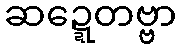
ဆဍ္ဍေတဗ္ဗာ